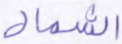
الشمال